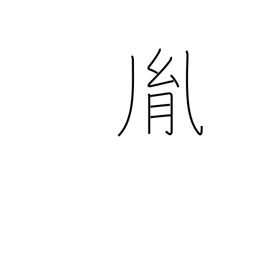
Meaning: issue